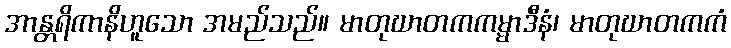
အာန္တရိကာနိဟူသော အမည်သည်။ မာတုဃာတကကမ္မာဒီနံ၊ မာတုဃာတကကံ